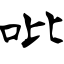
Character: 吡